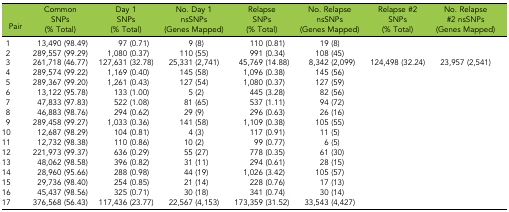
<table><thead><tr><td><b>Pair</b></td><td><b>Common SNPs (% Total)</b></td><td><b>Day 1 SNPs (% Total)</b></td><td><b>No. Day 1 nsSNPs (Genes Mapped)</b></td><td><b>Relapse SNPs (% Total)</b></td><td><b>No. Relapse nsSNPs (Genes Mapped)</b></td><td><b>Relapse #2 SNPs (% Total)</b></td><td><b>No. Relapse #2 nsSNPs (Genes Mapped)</b></td></tr></thead><tbody><tr><td>1</td><td>13,490 (98.49)</td><td>97 (0.71)</td><td>9 (8)</td><td>110 (0.81)</td><td>19 (8)</td><td></td><td></td></tr><tr><td>2</td><td>289,557 (99.29)</td><td>1,080 (0.37)</td><td>110 (55)</td><td>991 (0.34)</td><td>108 (45)</td><td></td><td></td></tr><tr><td>3</td><td>261,718 (46.77)</td><td>127,631 (32.78)</td><td>25,331 (2,741)</td><td>45,769 (14.88)</td><td>8,342 (2,099)</td><td>124,498 (32.24)</td><td>23,957 (2,541)</td></tr><tr><td>4</td><td>289,574 (99.22)</td><td>1,169 (0.40)</td><td>145 (58)</td><td>1,096 (0.38)</td><td>145 (56)</td><td></td><td></td></tr><tr><td>5</td><td>289,367 (99.20)</td><td>1,261 (0.43)</td><td>127 (54)</td><td>1,080 (0.37)</td><td>127 (59)</td><td></td><td></td></tr><tr><td>6</td><td>13,122 (95.78)</td><td>133 (1.00)</td><td>5 (2)</td><td>445 (3.28)</td><td>82 (56)</td><td></td><td></td></tr><tr><td>7</td><td>47,833 (97.83)</td><td>522 (1.08)</td><td>81 (65)</td><td>537 (1.11)</td><td>94 (72)</td><td></td><td></td></tr><tr><td>8</td><td>46,883 (98.76)</td><td>294 (0.62)</td><td>29 (9)</td><td>296 (0.63)</td><td>26 (16)</td><td></td><td></td></tr><tr><td>9</td><td>289,458 (99.27)</td><td>1,033 (0.36)</td><td>141 (58)</td><td>1,109 (0.38)</td><td>105 (55)</td><td></td><td></td></tr><tr><td>10</td><td>12,687 (98.29)</td><td>104 (0.81)</td><td>4 (3)</td><td>117 (0.91)</td><td>11 (5)</td><td></td><td></td></tr><tr><td>11</td><td>12,732 (98.38)</td><td>110 (0.86)</td><td>10 (2)</td><td>99 (0.77)</td><td>6 (5)</td><td></td><td></td></tr><tr><td>12</td><td>221,973 (99.37)</td><td>636 (0.29)</td><td>55 (27)</td><td>778 (0.35)</td><td>61 (30)</td><td></td><td></td></tr><tr><td>13</td><td>48,062 (98.58)</td><td>396 (0.82)</td><td>31 (11)</td><td>294 (0.61)</td><td>28 (15)</td><td></td><td></td></tr><tr><td>14</td><td>28,960 (95.66)</td><td>288 (0.98)</td><td>44 (19)</td><td>1,026 (3.42)</td><td>105 (57)</td><td></td><td></td></tr><tr><td>15</td><td>29,736 (98.40)</td><td>254 (0.85)</td><td>21 (14)</td><td>228 (0.76)</td><td>17 (13)</td><td></td><td></td></tr><tr><td>16</td><td>45,437 (98.56)</td><td>325 (0.71)</td><td>30 (18)</td><td>341 (0.74)</td><td>30 (14)</td><td></td><td></td></tr><tr><td>17</td><td>376,568 (56.43)</td><td>117,436 (23.77)</td><td>22,567 (4,153)</td><td>173,359 (31.52)</td><td>33,543 (4,427)</td><td></td><td></td></tr></tbody></table>